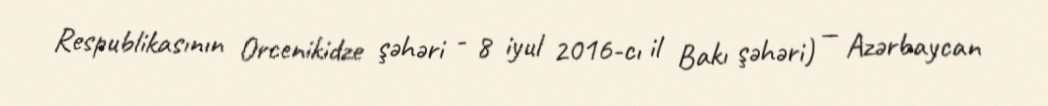
Respublikasının Orcenikidze şəhəri - 8 iyul 2016-cı il Bakı şəhəri) — Azərbaycan